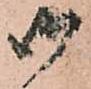
御